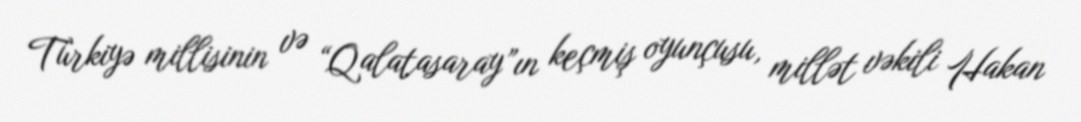
Türkiyə millisinin və “Qalatasaray”ın keçmiş oyunçusu, millət vəkili Hakan